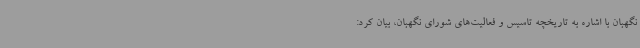
نگهبان با اشاره به تاریخچه تاسیس و فعالیت‌های شورای نگهبان، بیان کرد: